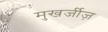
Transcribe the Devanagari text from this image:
मुखर्जीज़